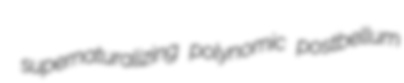
supernaturalizing polynomic postbellum